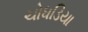
ચોધડિયા